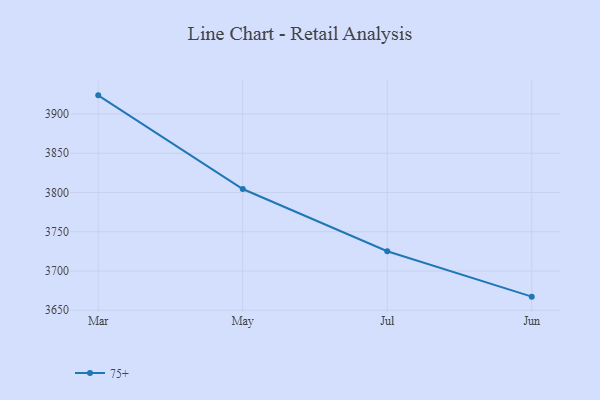
{"axis": {"x": "Month", "y": "Active Users"}, "legend": ["75+"], "data": [{"x": "Mar", "y": 3923.7, "type": "75+"}, {"x": "May", "y": 3804.4, "type": "75+"}, {"x": "Jul", "y": 3725.2, "type": "75+"}, {"x": "Jun", "y": 3667.3, "type": "75+"}]}